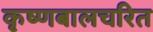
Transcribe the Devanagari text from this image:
कृष्णबालचरित